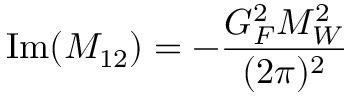
\mathrm { I m } ( M _ { 1 2 } ) = - { \frac { G _ { F } ^ { 2 } M _ { W } ^ { 2 } } { ( 2 \pi ) ^ { 2 } } }